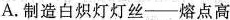
A.制造白炽灯灯丝——熔点高